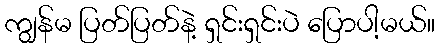
ကျွန်မ ပြတ်ပြတ်နဲ့ ရှင်းရှင်းပဲ ပြောပါ့မယ်။